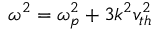
\omega ^ { 2 } = \omega _ { p } ^ { 2 } + 3 k ^ { 2 } v _ { t h } ^ { 2 }